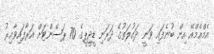
އެމްއެމްއޭ އިން ބުނެފައި ވަނީ ދައުލަތުގެ ދަރަނި ޑީޖީޕީގެ 70 ޕަސެންޓަށް އަރާފައިވާއިރު